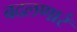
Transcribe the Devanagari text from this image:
बदलणारं